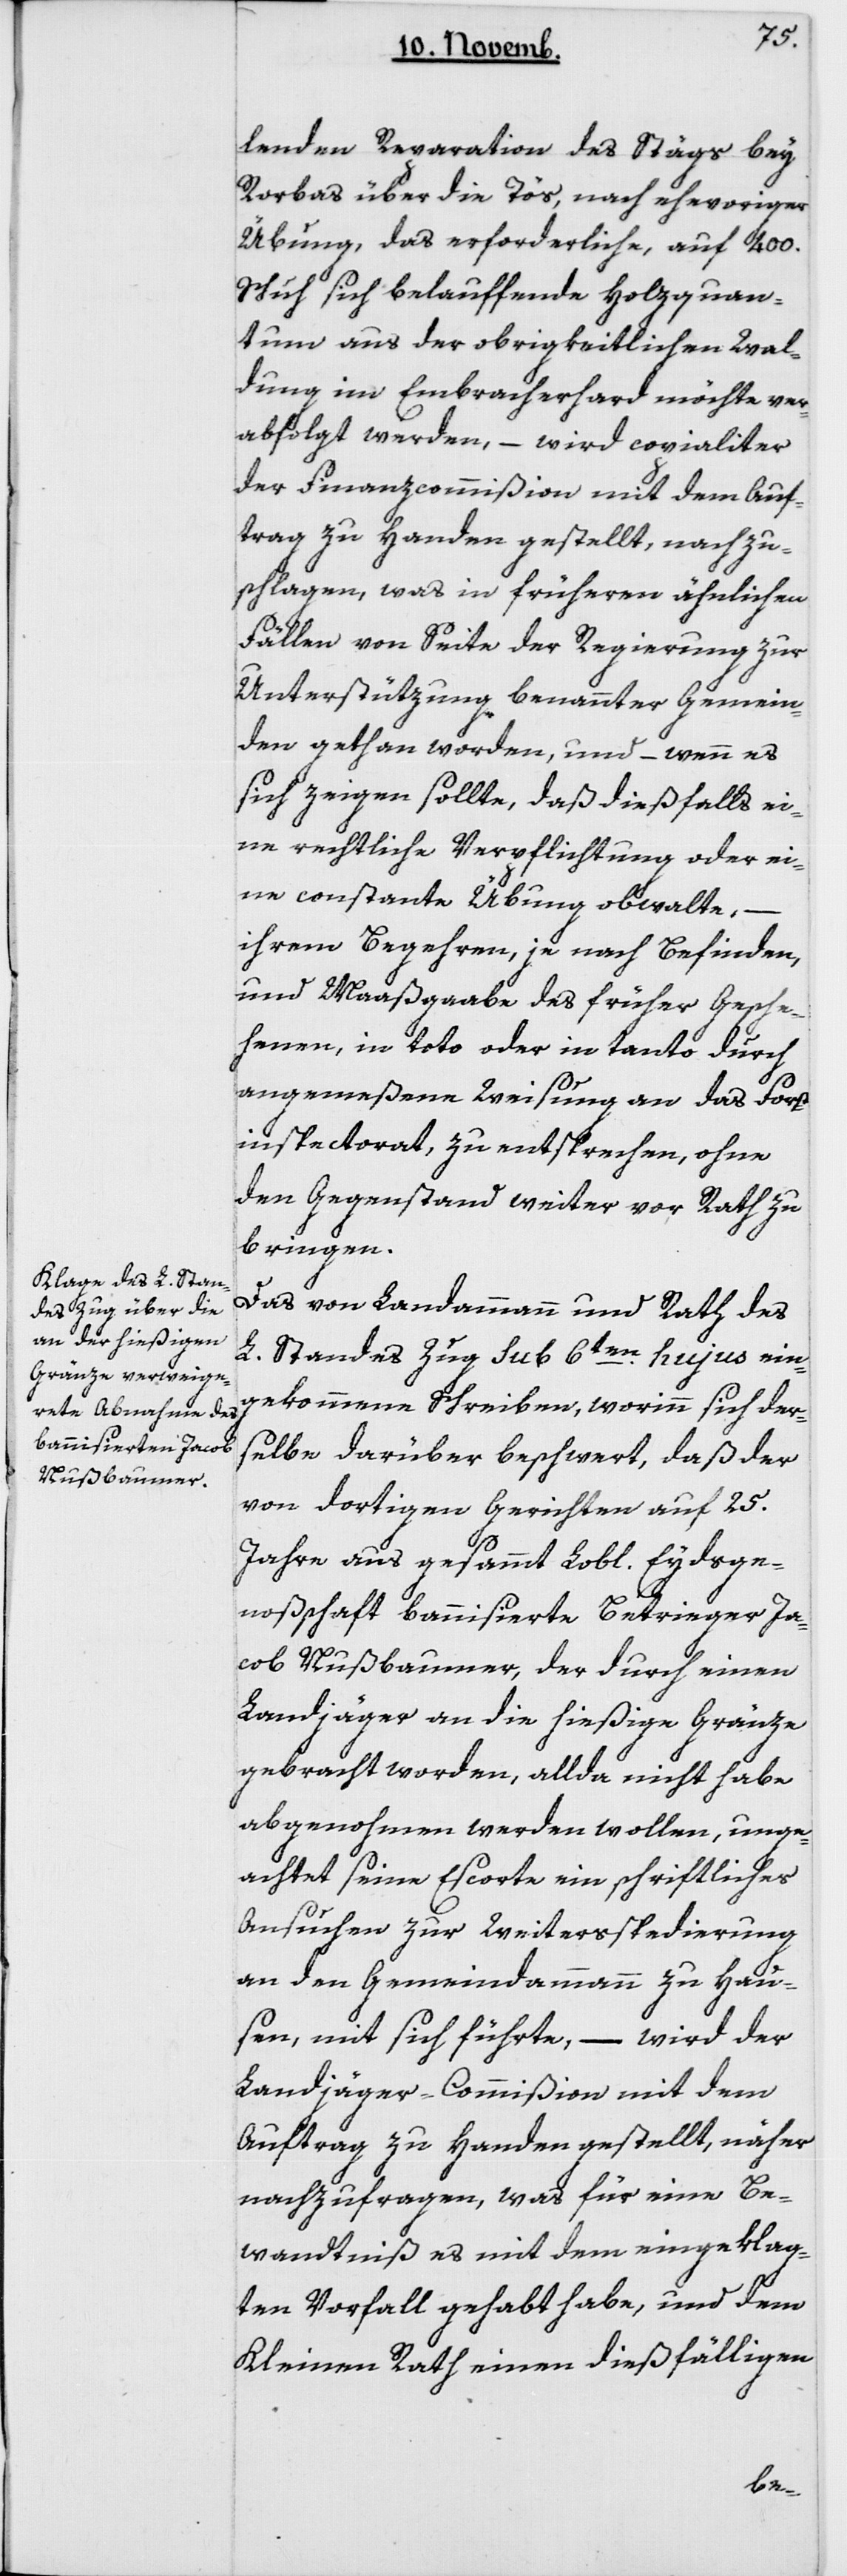
lenden Reparation des Stägs bey
Rorbas über die Töß, nach ehevoriger
Übung, das erforderliche, auf 400
Schuh sich belauffende Holzquan¬
tum aus der obrigkeitlichen Wal¬
dung im Embracherhard möchte ver¬
abfolgt werden, – wird copialiter
der Finanzcommmißion mit dem Auf¬
trag zu Handen gestellt, nachzu¬
schlagen, was in früheren ähnlichen
Fällen von Seite der Regierung zur
Unterstützung benannter Gemein¬
den gethan worden, und – wenn es
sich zeigen sollte, daß dießfalls ei¬
ne rechtliche Verpflichtung oder ei¬
ne constante Übung obwalte, –
ihrem Begehren, je nach Befinden
und Maaßgaabe des früher Gesche¬
henen, in toto oder in tanto durch
angemeßene Weisung an das Forst¬
inspectorat zu entsprechen, ohne
den Gegenstand weiter vor Rath zu
bringen.
Das von Landammann und Rath des
L. Standes Zug sub 6ten hujus ein¬
gekommene Schreiben, worinn sich der¬
selbe darüber beschwert, daß der
von dortigen Gerichten auf 25
Jahre aus gesammt Lobl. Eydsge¬
noßenschaft bannisierte Betrieger Ja¬
cob Nußbaumer, der durch einen
Landjäger an die hießige Grenze
gebracht worden, allda nicht habe
abgenommen werden wollen, unge¬
achtet seine Escorte ein schriftliches
Ansuchen zur Weiterspedierung
an den Gemeindeammann zu Hau¬
sen mit sich führte, – wird der
Landjäger-Commißion mit dem
Auftrag zu Handen gestellt, näher
nachzufragen, was für eine Be¬
wandtniß es mit dem eingeklag¬
ten Vorfall gehabt habe, und dem
Kleinen Rath einen dießfälligen